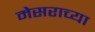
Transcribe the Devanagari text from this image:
मेसराच्या